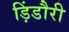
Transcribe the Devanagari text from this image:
ड़िंडौरी